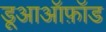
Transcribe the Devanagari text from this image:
डूआऑफ़ॉड